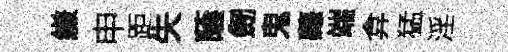
縑申距失蔭劒鬼蘿端弇猛淫